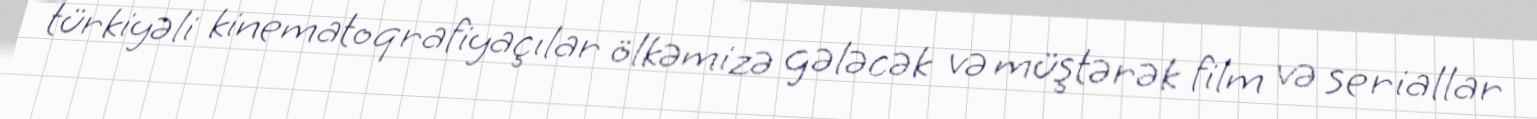
türkiyəli kinematoqrafiyaçılar ölkəmizə gələcək və müştərək film və seriallar